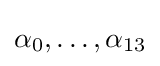
\alpha _{0},\dots ,\alpha _{13}